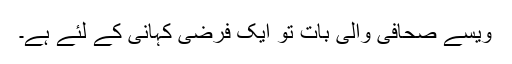
ویسے صحافی والی بات تو ایک فرضی کہانی کے لئے ہے۔